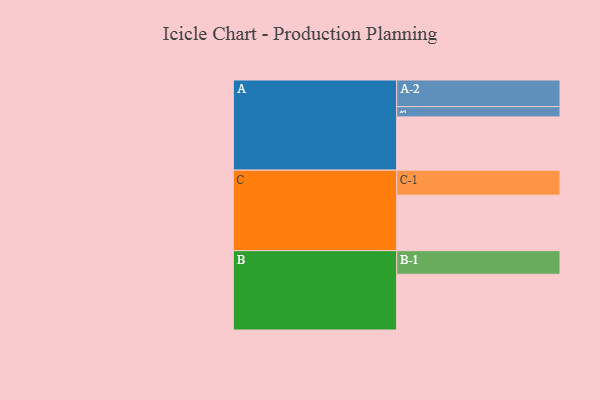
{"axis": {"x": "Segment", "y": "Value"}, "legend": ["", "A", "B", "C"], "data": [{"x": "A", "y": 452, "type": ""}, {"x": "B", "y": 473, "type": ""}, {"x": "C", "y": 471, "type": ""}, {"x": "A-1", "y": 87, "type": "A"}, {"x": "A-2", "y": 226, "type": "A"}, {"x": "B-1", "y": 200, "type": "B"}, {"x": "C-1", "y": 212, "type": "C"}]}